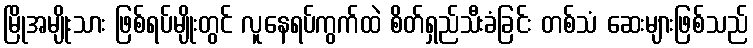
မြိုအမျိုးသား ဖြစ်ရပ်မျိုးတွင် လူနေရပ်ကွက်ထဲ စိတ်ရှည်သီးခံခြင်း တစ်သံ ဆေးများဖြစ်သည်